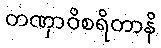
တဏှာဝိစရိတာနိ